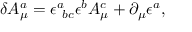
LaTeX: \delta A _ { \mu } ^ { a } = \epsilon _ { \ b c } ^ { a } \epsilon ^ { b } A _ { \mu } ^ { c } + \partial _ { \mu } \epsilon ^ { a } ,